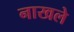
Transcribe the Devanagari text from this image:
नाखले